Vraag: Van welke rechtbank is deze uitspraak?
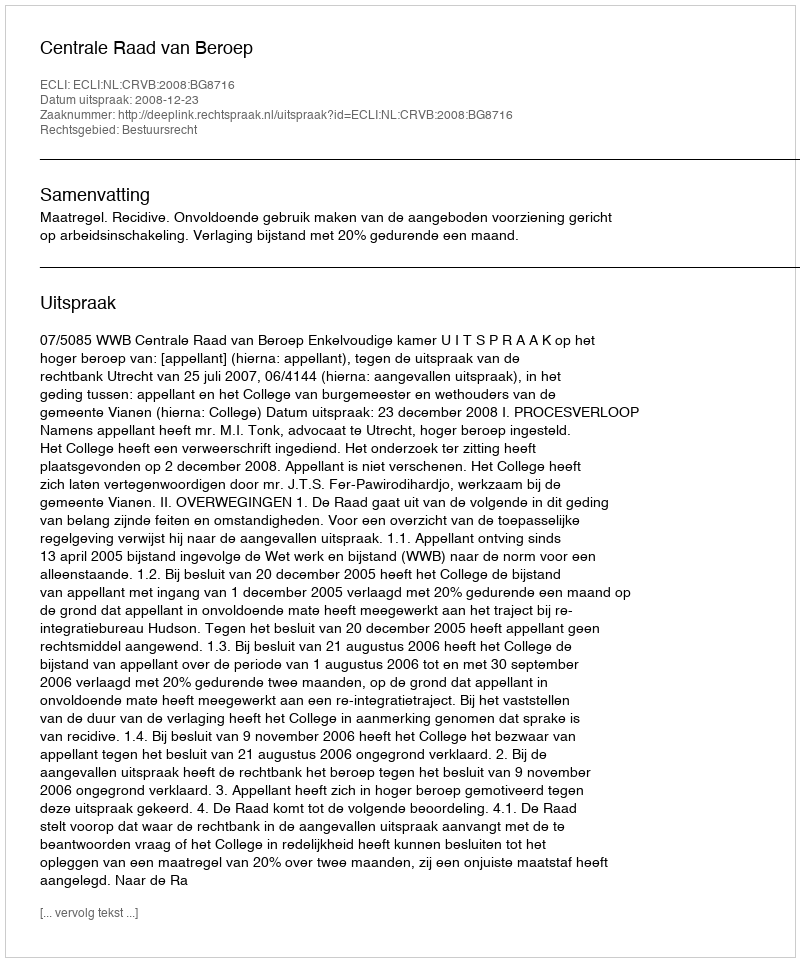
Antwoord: Centrale Raad van Beroep